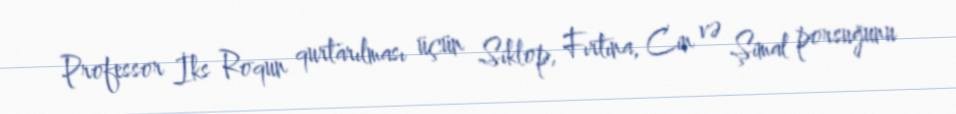
Professor İks Roqun qurtarılması üçün Siklop, Fırtına, Cin və Şimal porsuğunu